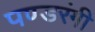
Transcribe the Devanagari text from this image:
पण्डरंगी